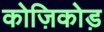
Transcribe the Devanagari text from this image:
कोज़िकोड़